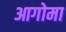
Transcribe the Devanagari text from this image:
आगोमा